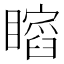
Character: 𥋺